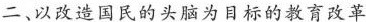
二、以改造国民的头脑为目标的教育改革